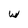
Character: w